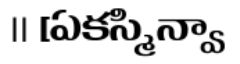
॥ [ఏకస్మిన్వా